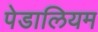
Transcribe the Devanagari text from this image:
पेडालियम